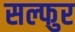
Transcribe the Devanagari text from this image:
सल्फुर